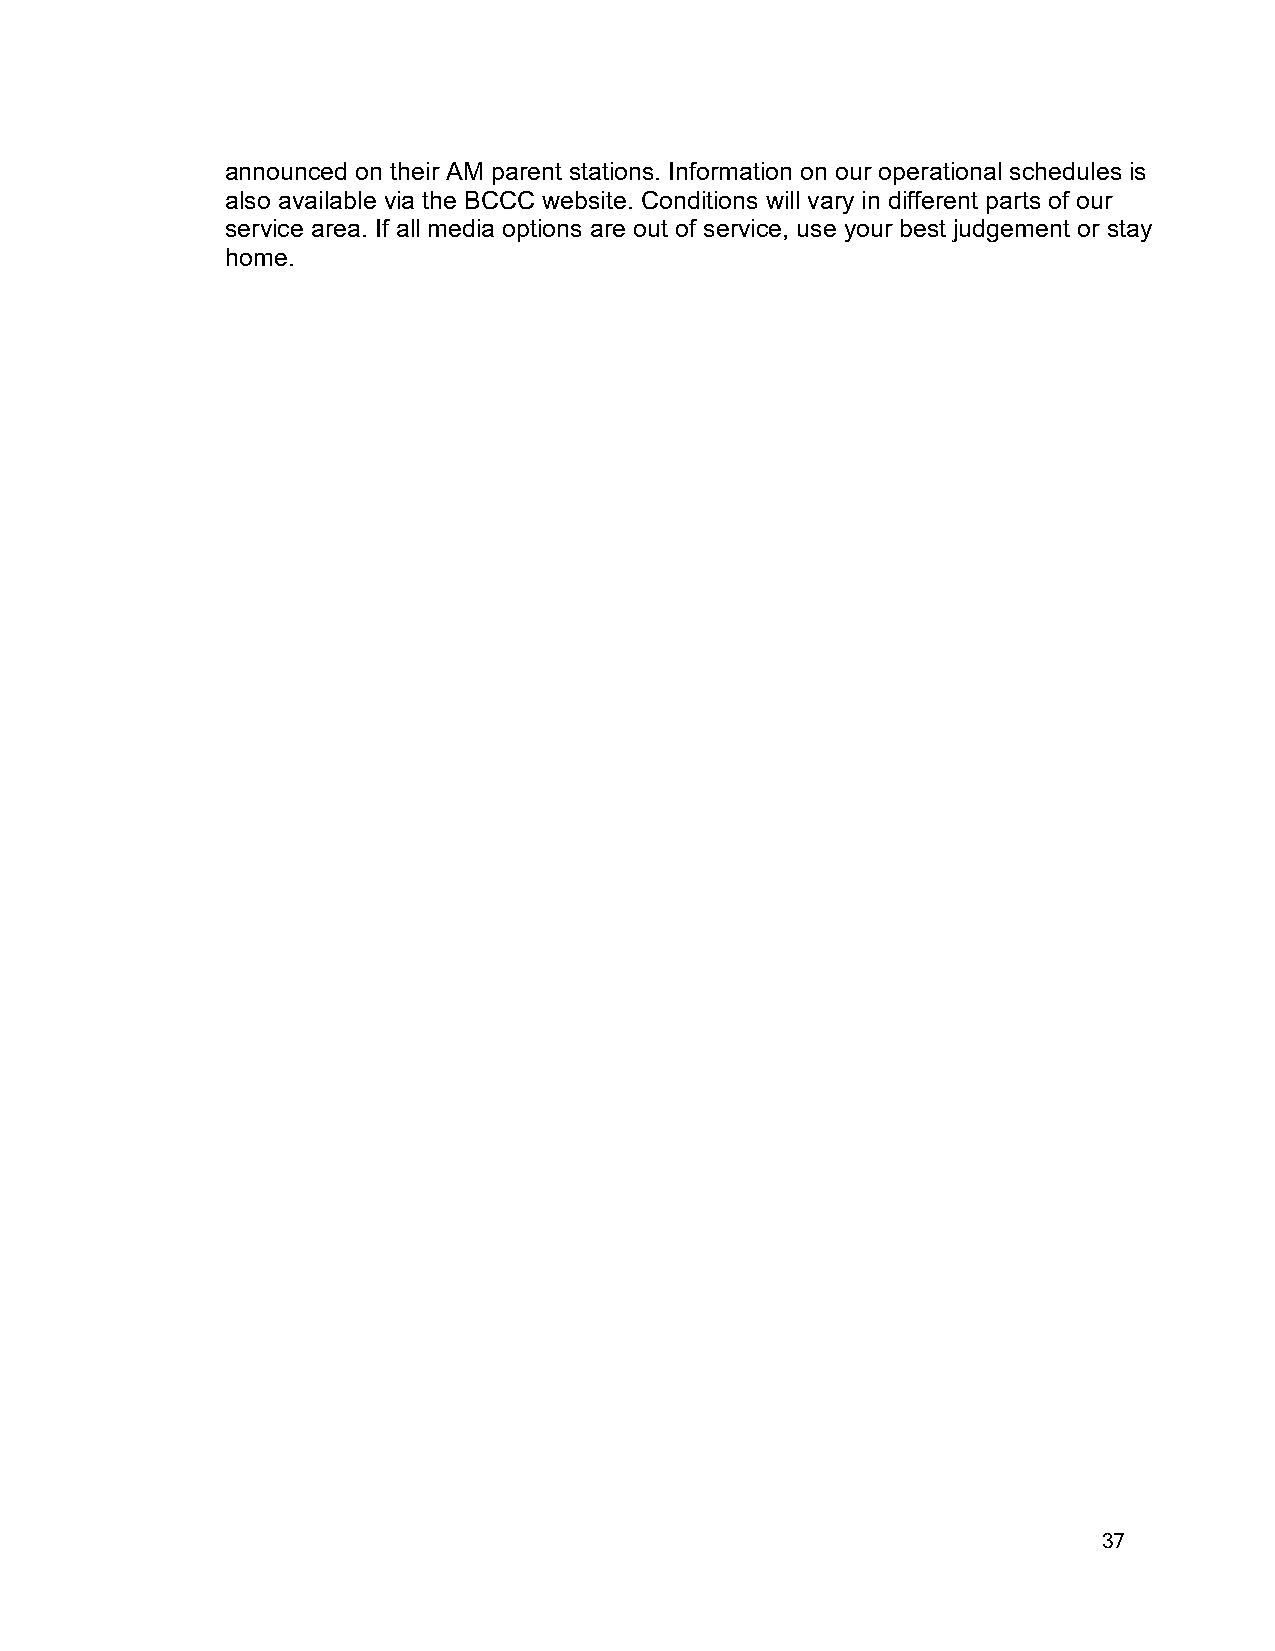
announced on their AM parent stations. Information on our operational schedules is
 also available via the BCCC website. Conditions will vary in different parts of our
 service area. If all media options are out of service, use your best judgement or stay
 home.
 37